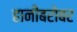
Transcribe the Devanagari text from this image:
हानीबरोबर